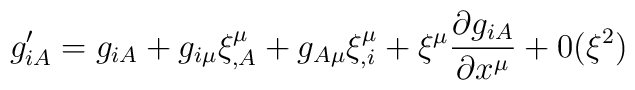
g'_{iA} =g_{iA} + g_{i\mu}\xi^{\mu}_{,A} +g_{A\mu}\xi^{\mu}_{,i} +\xi^{\mu}\frac{\partial  g_{iA}}{\partial x^{\mu}} +0(\xi^{2})